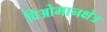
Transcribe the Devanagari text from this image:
विओमानक्षेत्र